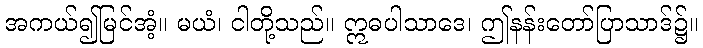
အကယ်၍မြင်အံ့။ မယံ၊ ငါတို့သည်။ ဣဓပါသာဒေ၊ ဤနန်းတော်ပြာသာဒ်၌။